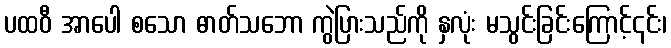
ပထဝီ အာပေါ စသော ဓာတ်သဘော ကွဲပြားသည်ကို နှလုံး မသွင်းခြင်းကြောင့်၎င်း၊